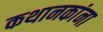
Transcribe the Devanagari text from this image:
कथानकांना